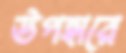
উপহারে